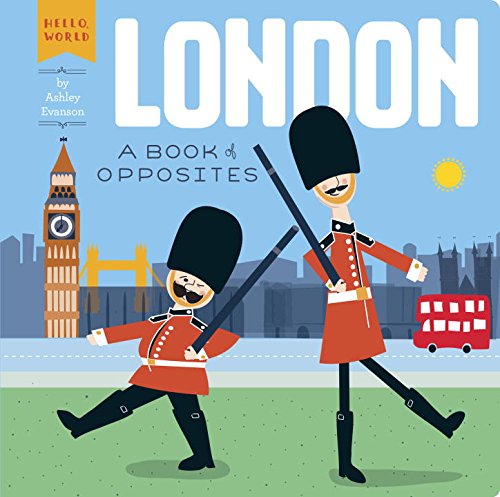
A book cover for London: A Book of Opposites (Hello, World); Ashley Evanson; Children's Books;